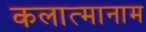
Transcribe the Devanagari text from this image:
कलात्मानाम